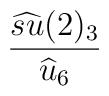
\frac{\widehat{su} (2)_{3}}{\widehat{u}_{6}}